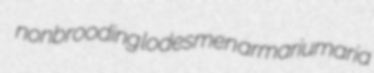
nonbrooding lodesmen armariumaria